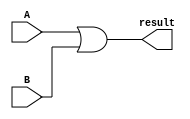

module ori (A, result, B);
	output [31:0] result ;
	input [31:0] A, B;
	assign {result} = A | B ;
endmodule